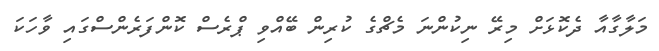
މަލާގާއާ ދެކޮޅަށް މިރޭ ނިކުންނަ މެޗްގެ ކުރިން ބޭއްވި ޕްރެސް ކޮންފަރެންސްގައި ވާހަކަ